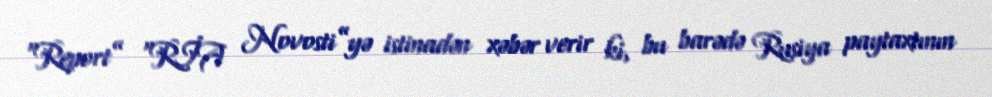
“Report” “RİA Novosti”yə istinadən xəbər verir ki, bu barədə Rusiya paytaxtının